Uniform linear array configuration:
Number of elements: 4
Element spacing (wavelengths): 0.25
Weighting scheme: cosine
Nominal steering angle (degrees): -60
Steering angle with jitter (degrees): -60.721
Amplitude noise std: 0.05
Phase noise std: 0.05

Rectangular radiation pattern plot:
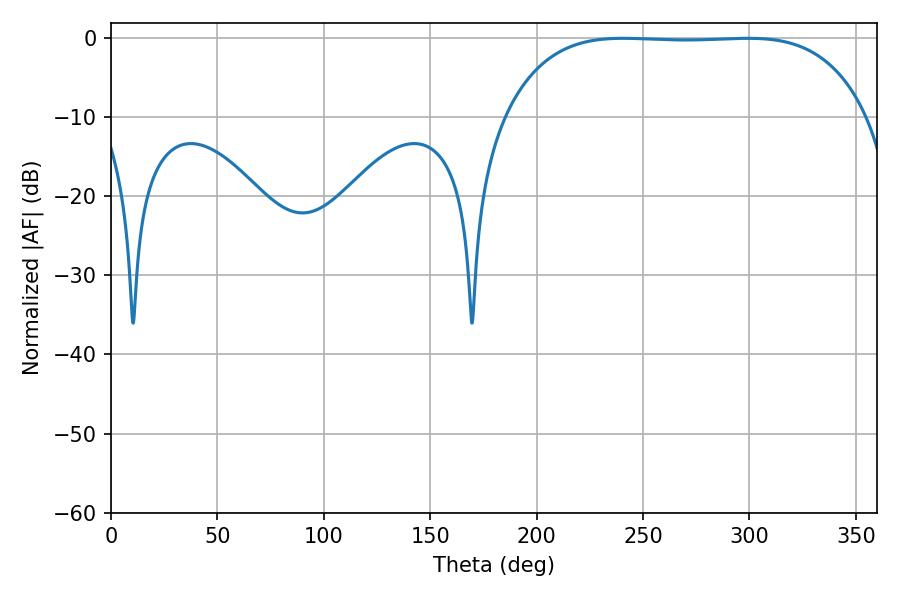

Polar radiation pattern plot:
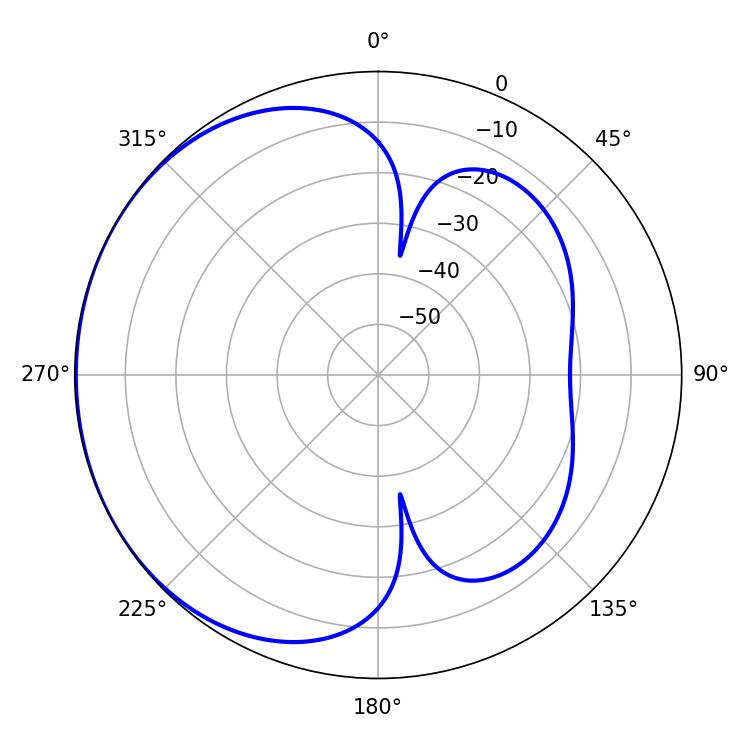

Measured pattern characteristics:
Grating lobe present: FALSE
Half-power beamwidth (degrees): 132.48
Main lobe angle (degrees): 240.66